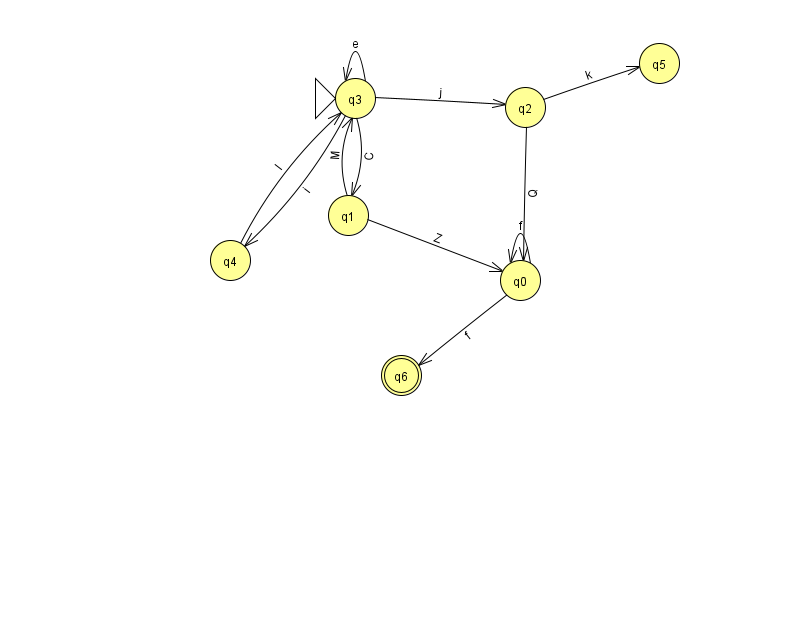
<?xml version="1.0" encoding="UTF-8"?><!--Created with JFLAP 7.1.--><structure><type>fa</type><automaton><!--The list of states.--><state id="0" name="q0"><x>520.0</x><y>267.0</y></state><state id="1" name="q1"><x>348.0</x><y>202.0</y></state><state id="2" name="q2"><x>525.0</x><y>94.0</y></state><state id="3" name="q3"><x>355.0</x><y>85.0</y><initial/></state><state id="4" name="q4"><x>230.0</x><y>247.0</y></state><state id="5" name="q5"><x>659.0</x><y>50.0</y></state><state id="6" name="q6"><x>401.0</x><y>362.0</y><final/></state><!--The list of transitions.--><transition><from>3</from><to>4</to><read>i</read></transition><transition><from>3</from><to>1</to><read>C</read></transition><transition><from>2</from><to>5</to><read>k</read></transition><transition><from>4</from><to>3</to><read>l</read></transition><transition><from>3</from><to>3</to><read>e</read></transition><transition><from>0</from><to>0</to><read>f</read></transition><transition><from>3</from><to>2</to><read>j</read></transition><transition><from>2</from><to>0</to><read>Q</read></transition><transition><from>0</from><to>6</to><read>f</read></transition><transition><from>1</from><to>3</to><read>M</read></transition><transition><from>1</from><to>0</to><read>Z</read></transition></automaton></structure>